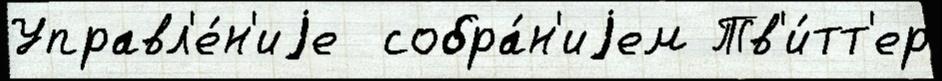
Управл'е́н'иjе  собра́н'иjем Тв'и́тт'ер